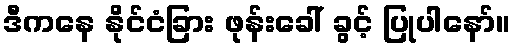
ဒီကနေ နိုင်ငံခြား ဖုန်းခေါ် ခွင့် ပြုပါနော်။